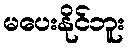
မပေးနိုင်ဘူး